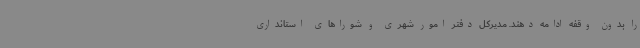
را بدون وقفه ادامه دهند. مدیرکل دفتر امور شهری و شوراهای استانداری